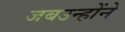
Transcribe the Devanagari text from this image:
जबउन्होंने